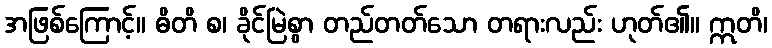
အဖြစ်ကြောင့်။ ဓိတိ စ၊ ခိုင်မြဲစွာ တည်တတ်သော တရားလည်း ဟုတ်၏။ ဣတိ၊